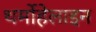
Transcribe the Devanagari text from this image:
थर्मोहेलाइन